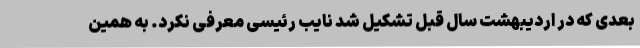
بعدی که در اردیبهشت سال قبل تشکیل شد نایب رئیسی معرفی نکرد. به همین